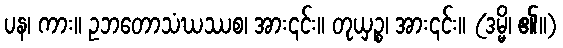
ပန၊ ကား။ ဥဘတောသံဃဿစ၊ အား၎င်း။ တုယှဉ္စ၊ အား၎င်း။ (ဒမ္မိ၊ ၏။)